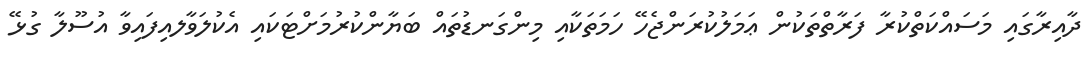
ދާއިރާގައި މަސައްކަތްކުރާ ފަރާތްތަކުން ޢަމަލުކުރަންޖެހޭ ހަމަތަކާއި މިންގަނޑުތައް ބަޔާންކުރުމަށްޓަކައި އެކުލަވާލއިފައިވާ އުސޫލާ ގުޅޭ